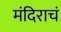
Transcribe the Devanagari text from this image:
मंदिराचं